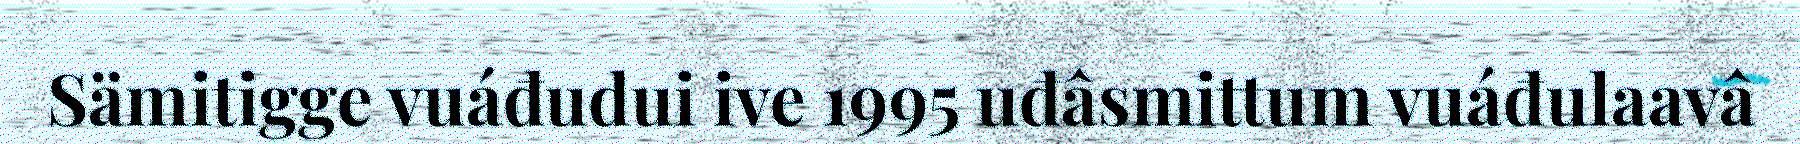
Sämitigge vuáđudui ive 1995 uđâsmittum vuáđulaavâ